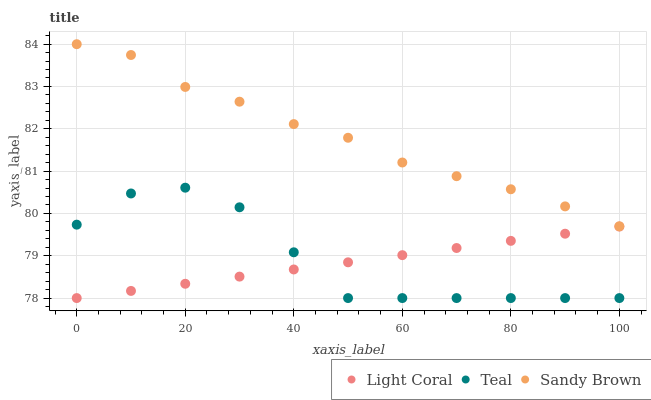
| xaxis_label | Light Coral | Teal | Sandy Brown |
 | --- | --- | --- | --- |
 | 0 | 78 | 79.7 | 84 |
 | 10 | 78.2 | 80.5 | 83.7 |
 | 20 | 78.3 | 80.6 | 83 |
 | 30 | 78.5 | 80.1 | 82.6 |
 | 40 | 78.7 | 79.1 | 82.1 |
 | 50 | 78.8 | 78 | 81.8 |
 | 60 | 79 | 78 | 81.2 |
 | 70 | 79.2 | 78 | 80.9 |
 | 80 | 79.4 | 78 | 80.6 |
 | 90 | 79.5 | 78 | 80.2 |
 | 100 | 79.7 | 78 | 79.7 |